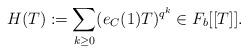
LaTeX: \begin{align*}H(T) := \sum_{k \ge 0}(e_C(1) T)^{q^k} \in F_b[[T]].\end{align*}